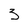
Character: 3